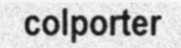
colporter